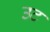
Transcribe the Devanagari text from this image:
उट